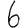
Digit: 6